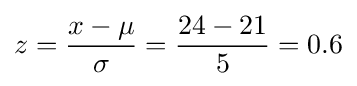
z={x-\mu  \over \sigma }={24-21 \over 5}=0.6